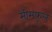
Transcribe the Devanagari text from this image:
सीसफूल